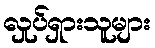
လှုပ်ရှားသူများ